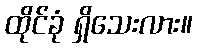
ထိုင်ခုံ ရှိသေးလား။